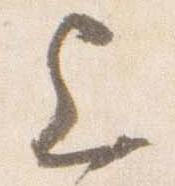
上